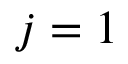
j = 1